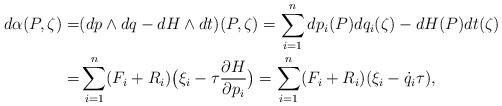
LaTeX: \begin{align*}d\alpha(P,\zeta)=&(dp\wedge dq-dH\wedge dt)(P,\zeta)=\sum_{i=1}^n dp_i(P)dq_i(\zeta)-dH(P)dt(\zeta)\\=&\sum_{i=1}^n (F_i+R_i)\big(\xi_i-\tau \frac{\partial H}{\partial p_i}\big)=\sum_{i=1}^n (F_i+R_i)(\xi_i-\dot q_i\tau),\end{align*}